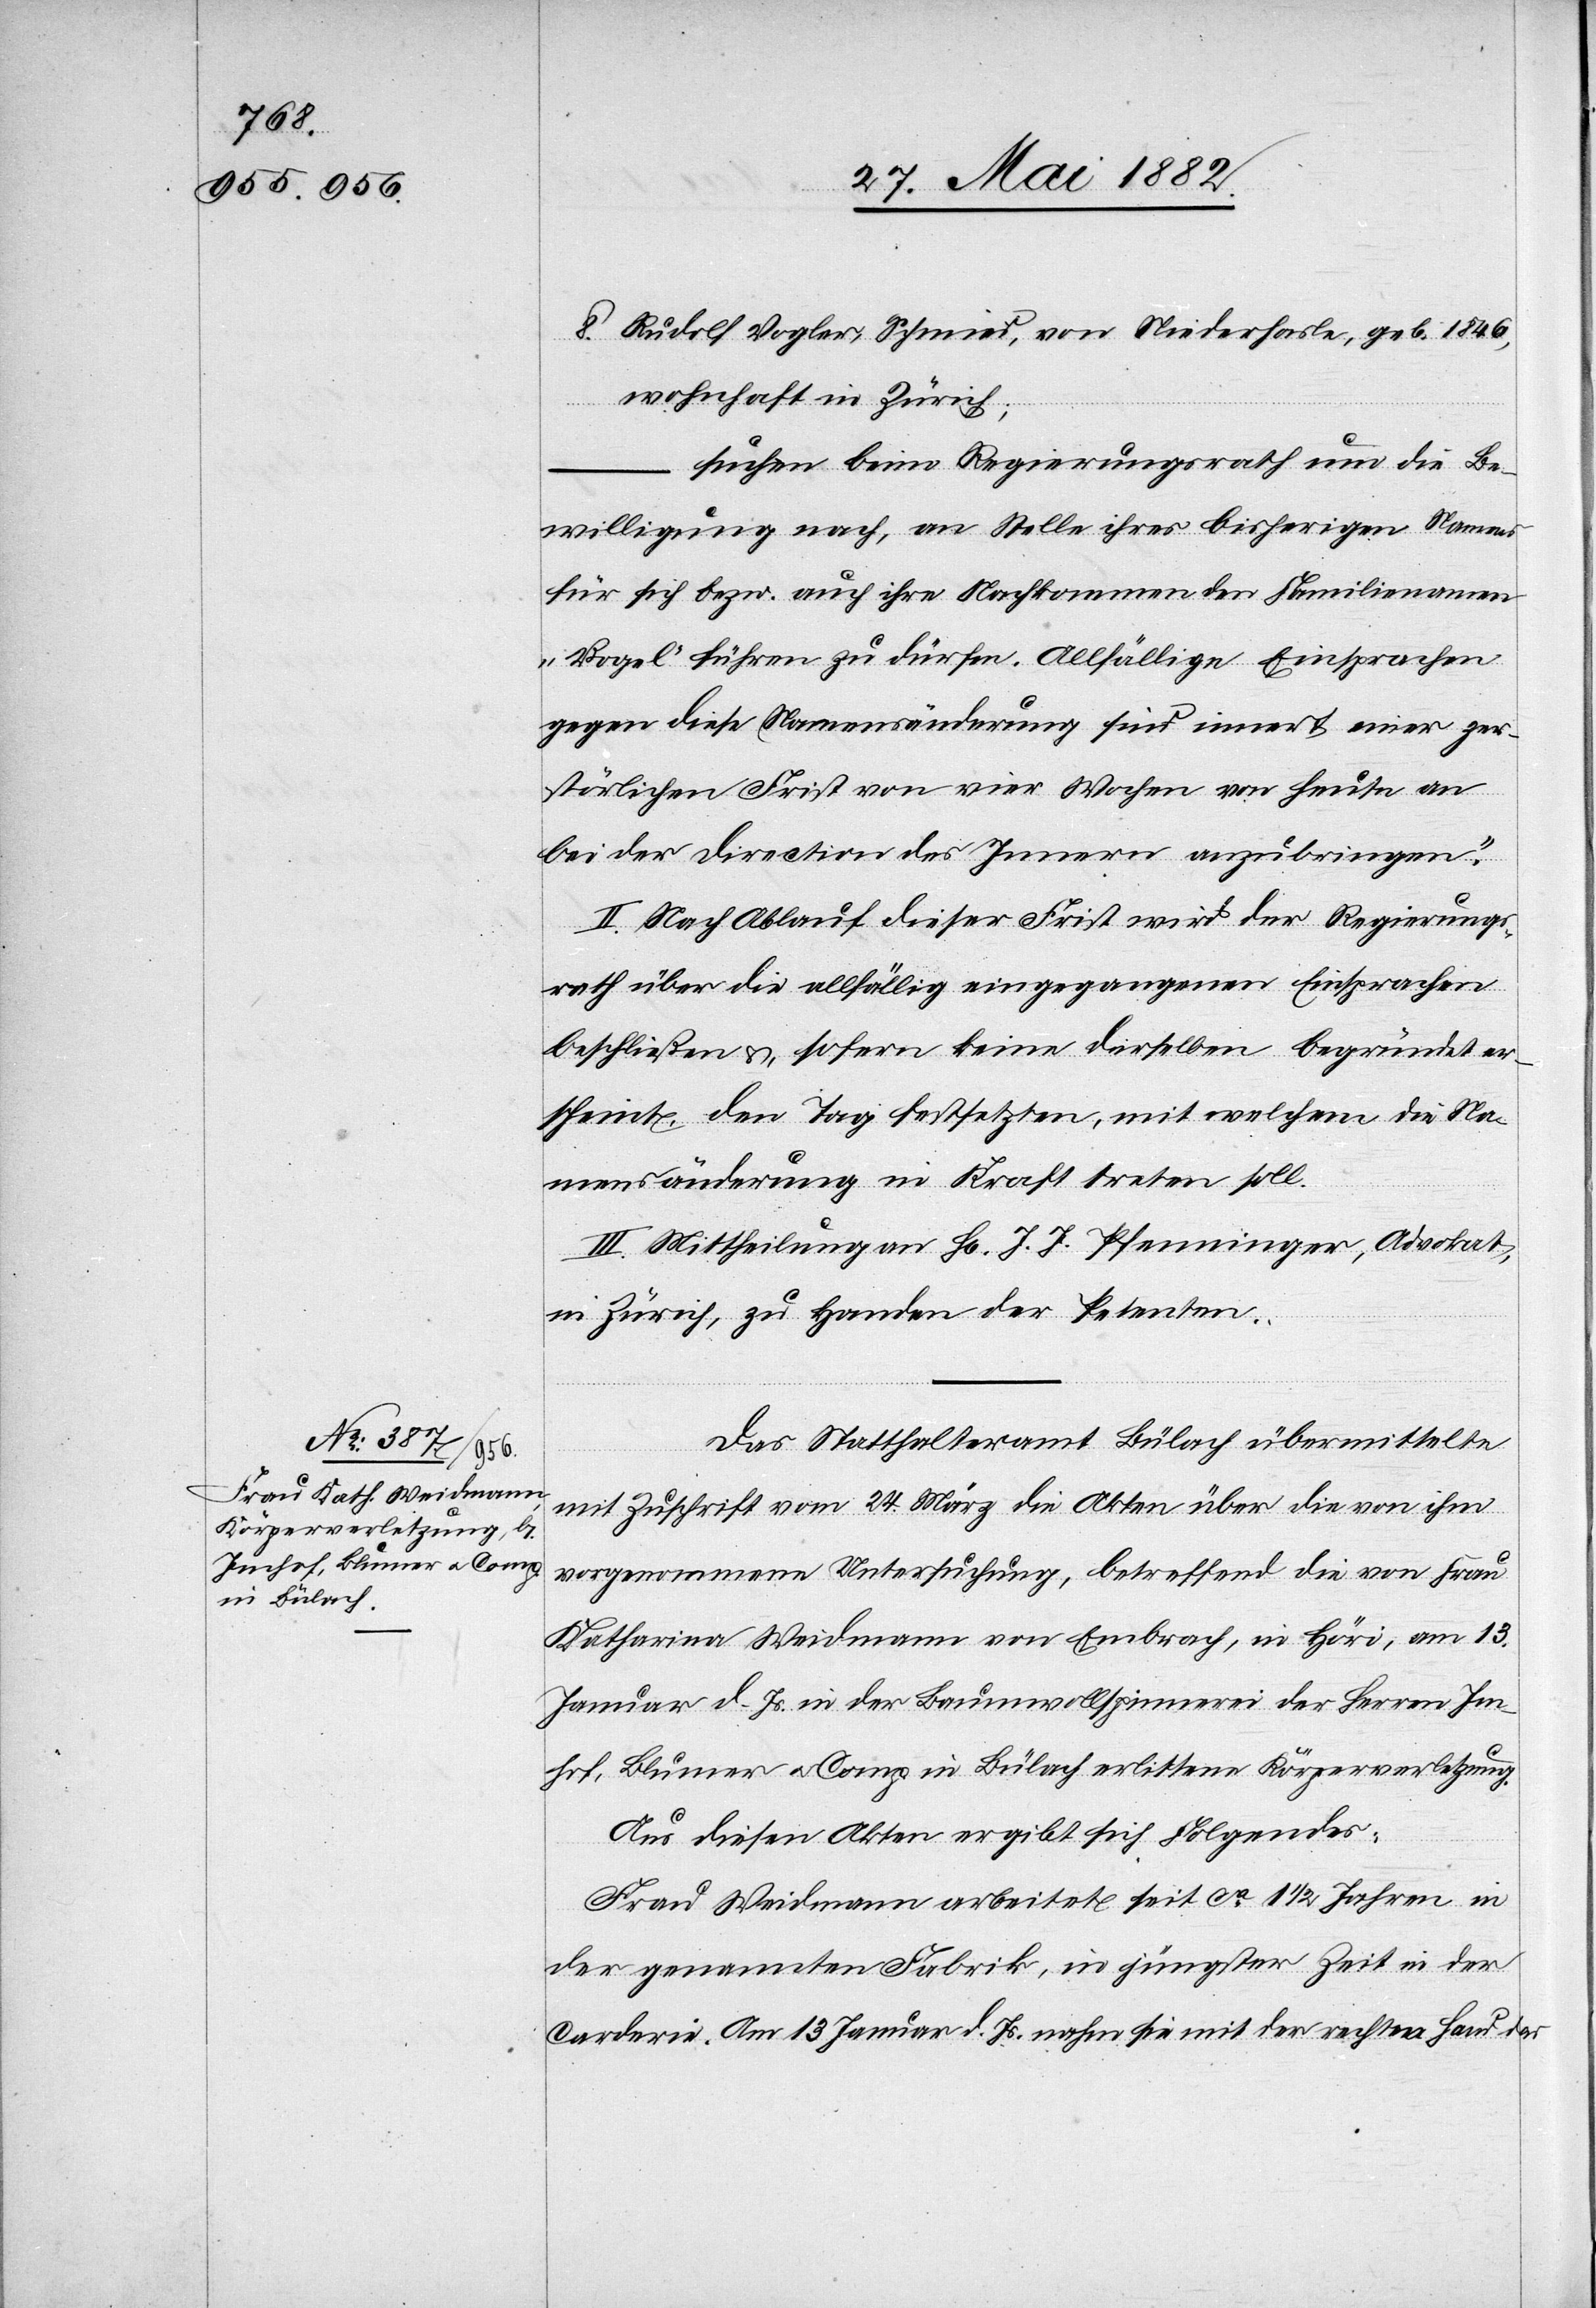
8. Rudolf Vogler, Schmid, von Niederhasle, geb. 1846,
wohnhaft in Zürich;
suchen beim Regierungsrath um die Be¬
willigung nach. an Stelle ihres bisherigen Namens
für sich bezw. auch ihre Nachkommen den Familiennamen
„Vogel“ führen zu dürfen. Allfällige Einsprachen
gegen diese Namensänderung sind innert einer zer¬
störlichen Frist von vier Wochen von heute an
bei der Direction des Innern anzubringen.“
II. Nach Ablauf dieser Frist wird der Regierungs¬
rath über die allfällig eingegangenen Einsprachen
beschließen &, sofern keine derselben begründet ers¬
cheint, den Tag festsetzen, mit welchem die Na¬
mensänderung in Kraft treten soll.
III. Mittheilung an H[rn]. J. J. Pfenninger, Advokat,
in Zürich, zu Handen der Petenten.
Das Statthalteramt Bülach übermittelte
mit Zuschrift vom 24. März die Akten über die von ihm
vorgenommene Untersuchung, betreffend die von Frau
Katharina Weidmann von Embrach, in Höri, am 13.
Januar d. Js. in der Baumwollspinnerei der Herren Im¬
hof, Blumer u. Comp. in Bülach erlittene Körperverletzung.
Aus diesen Akten ergibt sich Folgendes:
Frau Weidmann arbeitet seit ca 1 1/2 Jahren in
der genannten Fabrik, in jüngster Zeit in der
Carderie. Am 13. Januar d. Js. nahm sie mit der rechten Hand das